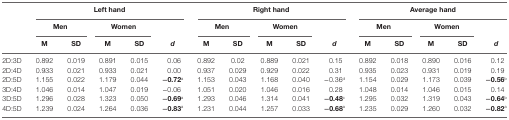
| <ROWSPAN=3>  | <COLSPAN=5> Left hand | <COLSPAN=5> Right hand | <COLSPAN=5> Average hand |
 | <COLSPAN=2> Men | <COLSPAN=2> Women |  | <COLSPAN=2> Men | <COLSPAN=2> Women |  | <COLSPAN=2> Men | <COLSPAN=2> Women |  |
 | M | SD | M | SD | d | M | SD | M | SD | d | M | SD | M | SD | d |
 | --- | --- | --- | --- | --- | --- | --- | --- | --- | --- | --- | --- | --- | --- | --- | --- |
 | 2D:3D | 0.892 | 0.019 | 0.891 | 0.015 | 0.06 | 0.892 | 0.02 | 0.889 | 0.021 | 0.15 | 0.892 | 0.018 | 0.890 | 0.016 | 0.12 |
 | 2D:4D | 0.933 | 0.021 | 0.933 | 0.021 | 0.00 | 0.937 | 0.029 | 0.929 | 0.022 | 0.31 | 0.935 | 0.023 | 0.931 | 0.019 | 0.19 |
 | 2D:5D | 1.155 | 0.022 | 1.179 | 0.044 | −0.72a | 1.153 | 0.043 | 1.168 | 0.040 | −0.36d | 1.154 | 0.029 | 1.173 | 0.039 | −0.56b |
 | 3D:4D | 1.046 | 0.014 | 1.047 | 0.019 | −0.06 | 1.051 | 0.020 | 1.046 | 0.016 | 0.28 | 1.048 | 0.014 | 1.046 | 0.015 | 0.14 |
 | 3D:5D | 1.296 | 0.028 | 1.323 | 0.050 | −0.69a | 1.293 | 0.046 | 1.314 | 0.041 | −0.48c | 1.295 | 0.032 | 1.319 | 0.043 | −0.64b |
 | 4D:5D | 1.239 | 0.024 | 1.264 | 0.036 | −0.83a | 1.231 | 0.044 | 1.257 | 0.033 | −0.68a | 1.235 | 0.029 | 1.260 | 0.032 | −0.82a |